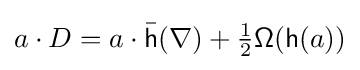
a\cdot D=a\cdot {\bar {\mathsf {h}}}(\nabla )+{\tfrac {1}{2}}{\mathsf {\Omega }}({\mathsf {h}}(a))